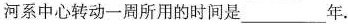
河系中心转动一周所用的时间是___ 年.